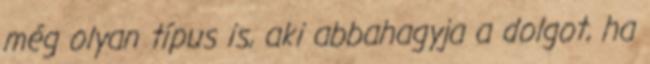
még olyan típus is, aki abbahagyja a dolgot, ha